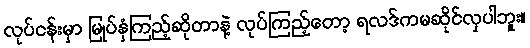
လုပ်ငန်းမှာ မြုပ်နှံကြည့်ဆိုတာနဲ့ လုပ်ကြည့်တော့ ရလဒ်ကမဆိုင်လှပါဘူး။